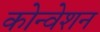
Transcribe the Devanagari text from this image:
कोन्वेशन